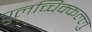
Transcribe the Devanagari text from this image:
पुलच्चिक्कल्लु